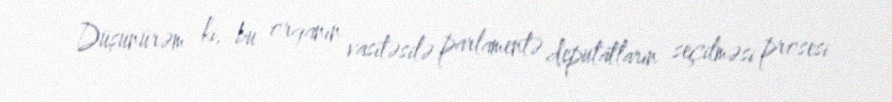
Düşünürəm ki, bu orqanın vasitəsilə parlamentə deputatların seçilməsi prosesi